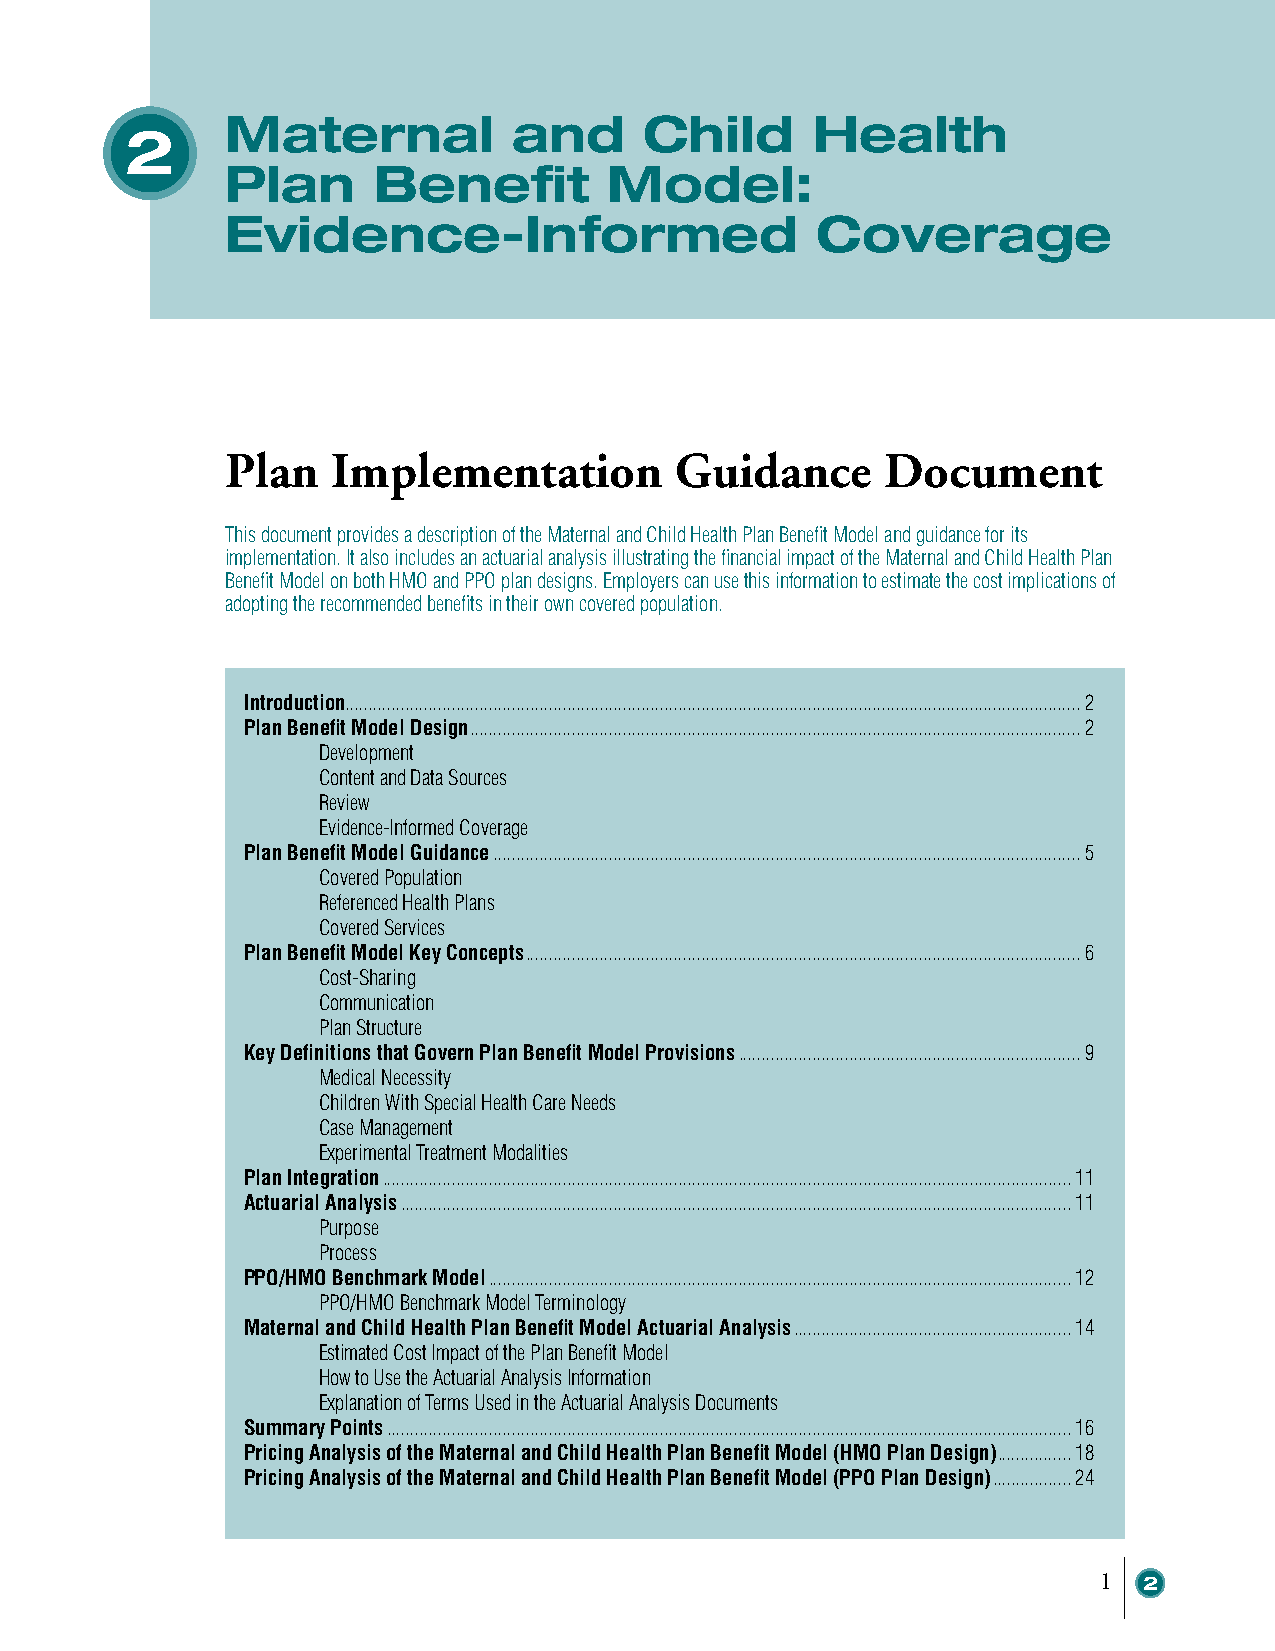
Maternal           and      Child      Health
 2
 Plan      Benefit        Model:
 Evidence-Informed                      Coverage
 Plan   Implementation         Guidance      Document
 This document provides a description of the Maternal and Child Health Plan Benefit Model and guidance for its
 implementation. It also includes an actuarial analysis illustrating the financial impact of the Maternal and Child Health Plan
 Benefit Model on both HMO and PPO plan designs. Employers can use this information to estimate the cost implications of
 adopting the recommended benefits in their own covered population.
 Introduction...............................................................................................................................................................2
 Plan Benefit Model Design ....................................................................................................................................2
 Development
 Content and Data Sources
 Review
 Evidence-Informed Coverage
 Plan Benefit Model Guidance ...............................................................................................................................5
 Covered Population
 Referenced Health Plans
 Covered Services
 Plan Benefit Model Key Concepts ........................................................................................................................6
 Cost-Sharing
 Communication
 Plan Structure
 Key Definitions that Govern Plan Benefit Model Provisions ..........................................................................9
 Medical Necessity
 Children With Special Health Care Needs
 Case Management
 Experimental Treatment Modalities
 Plan Integration .....................................................................................................................................................11
 Actuarial Analysis .................................................................................................................................................11
 Purpose
 Process
 PPO/HMO Benchmark Model ..............................................................................................................................12
 PPO/HMO Benchmark Model Terminology
 Maternal and Child Health Plan Benefit Model Actuarial Analysis ............................................................14
 Estimated Cost Impact of the Plan Benefit Model
 How to Use the Actuarial Analysis Information
 Explanation of Terms Used in the Actuarial Analysis Documents
 Summary Points ....................................................................................................................................................16
 Pricing Analysis of the Maternal and Child Health Plan Benefit Model (HMO Plan Design) ................18
 Pricing Analysis of the Maternal and Child Health Plan Benefit Model (PPO Plan Design) .................24
 1  2